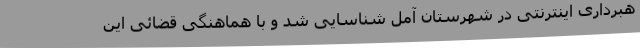
هبرداری اینترنتی در شهرستان آمل شناسایی شد و با هماهنگی قضائی این